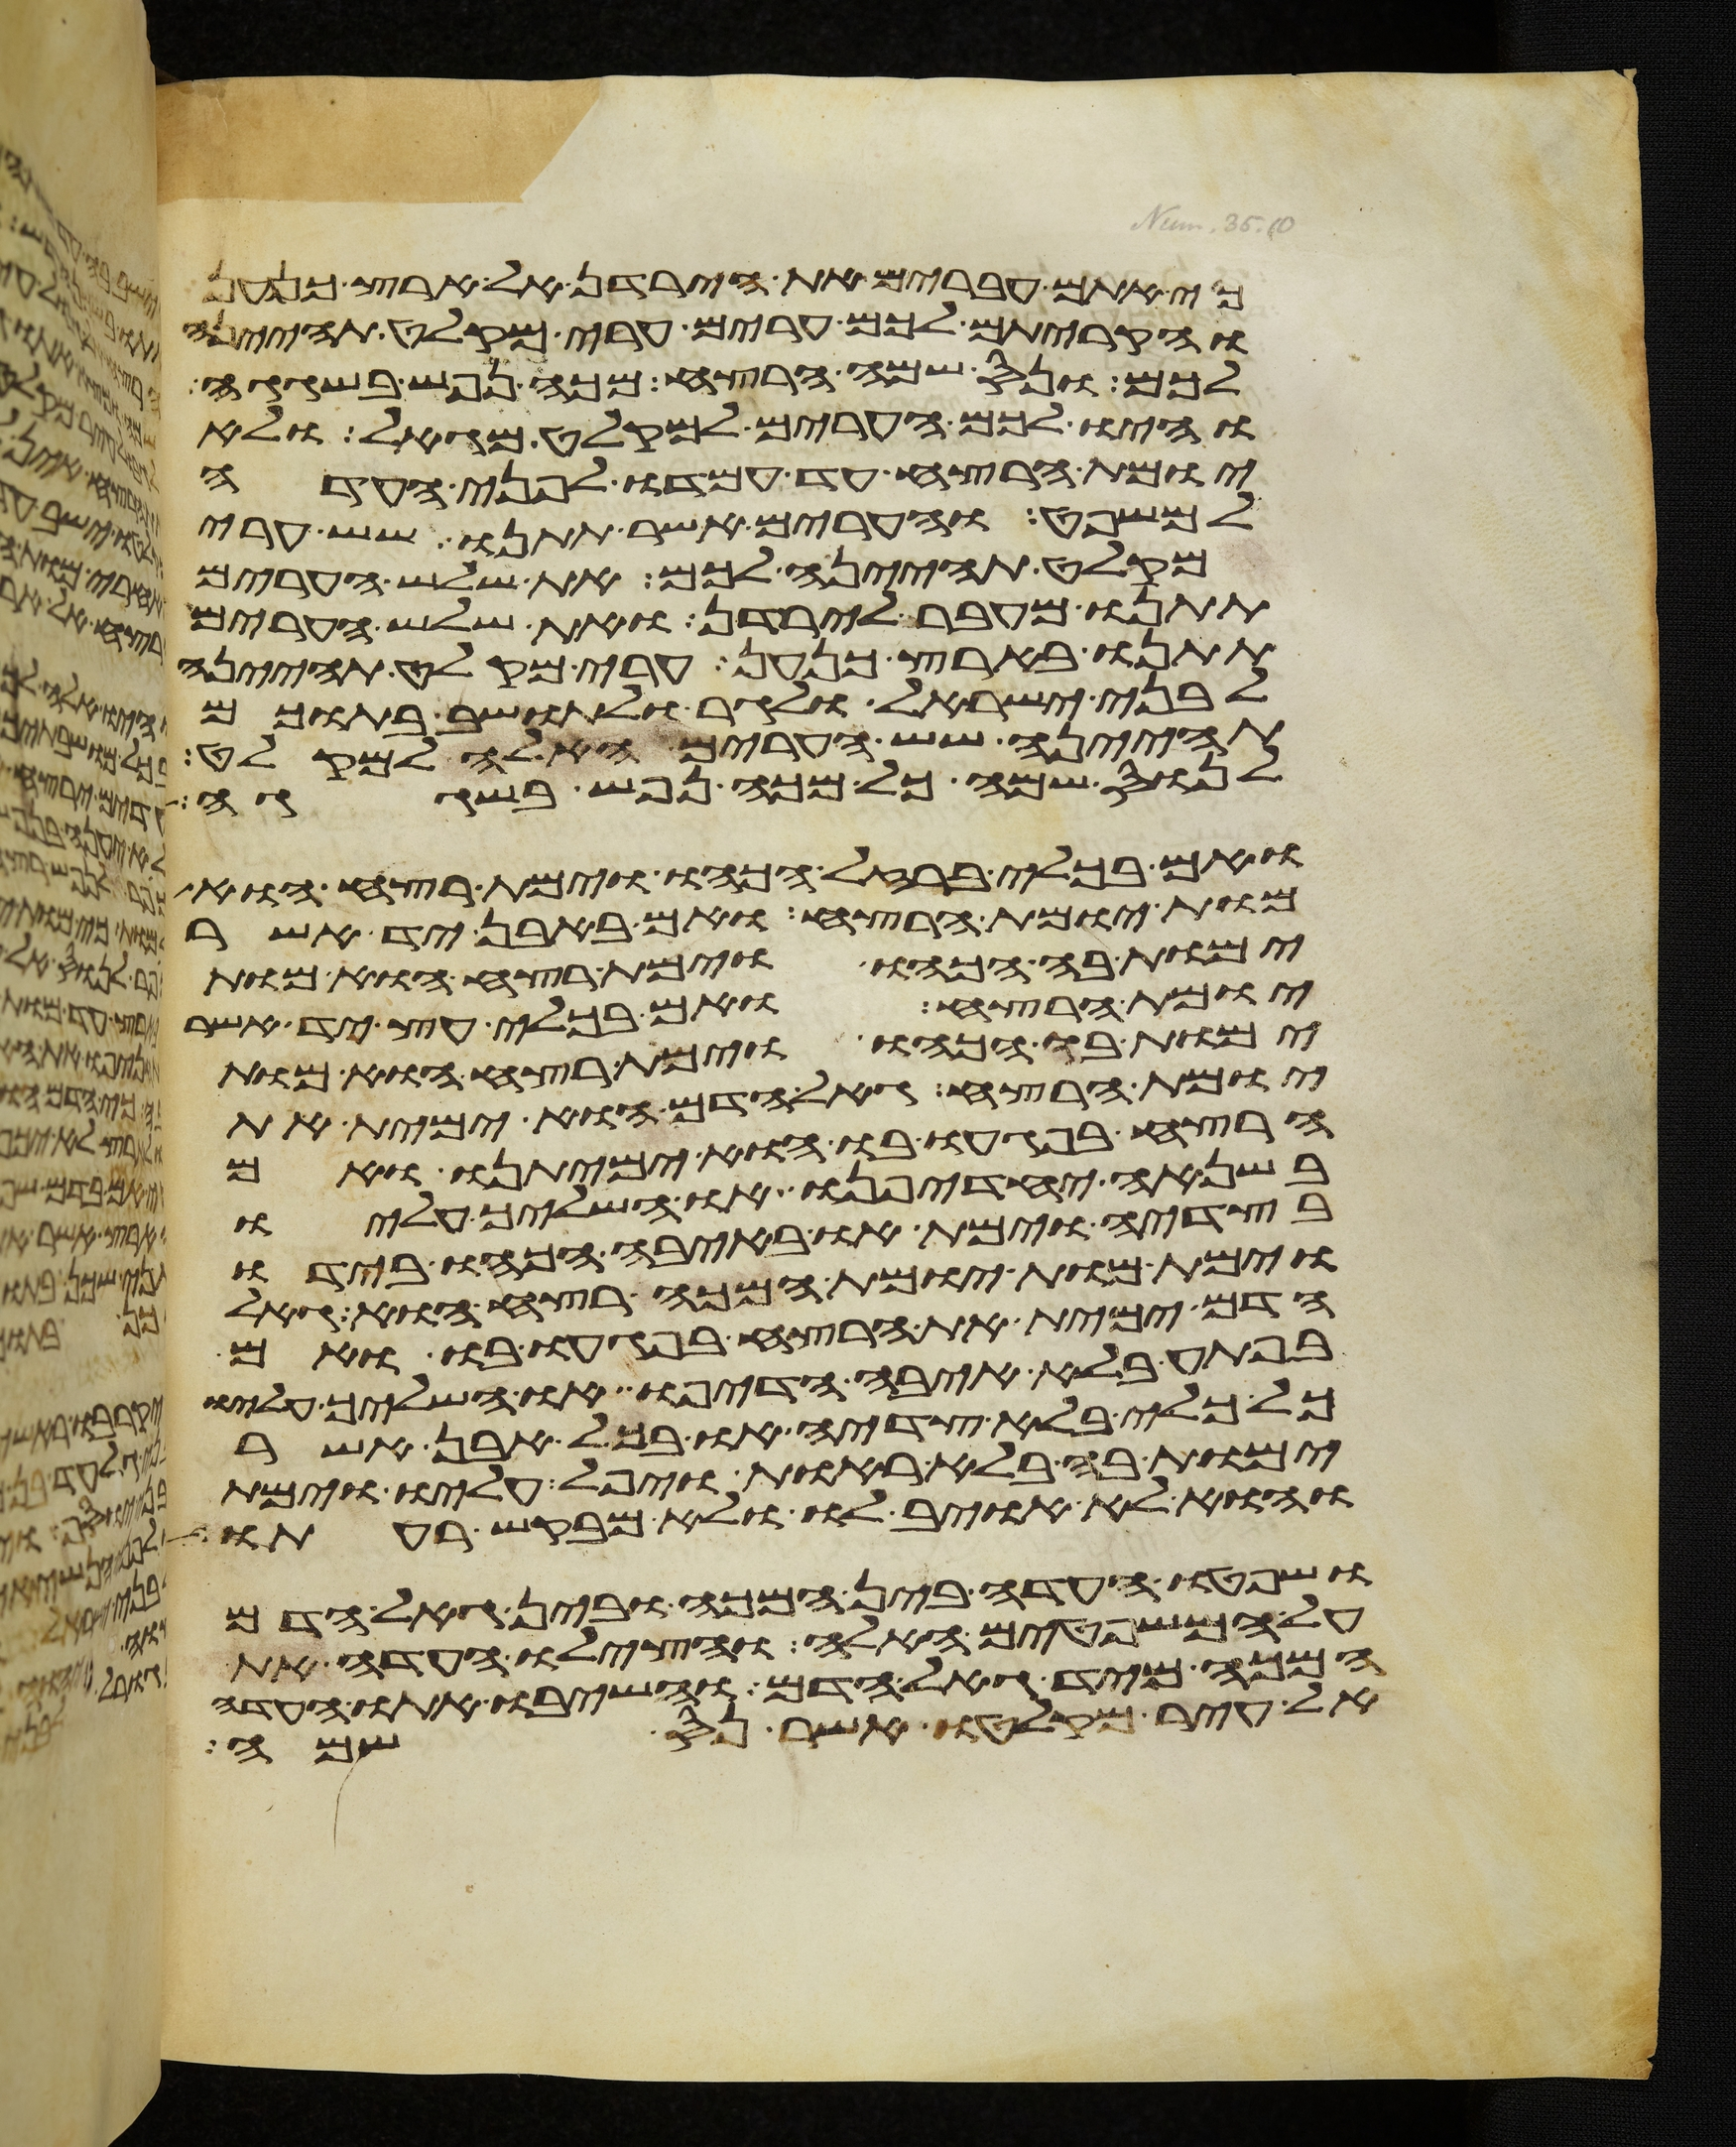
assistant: כי אתם עברים את הירדן אל ארץ כנען
והקריתם לכם ערים ערי מקלט תהיינה
לכם ונס שמה הרצח מכה נפש בשגגה
והיו לכם הערים למקלט מגאל ולא
יומת הרצח עד עמדו לפני העדה
למשפט והערים אשר תתנו שש ערי
מקלט תהינה לכם את שלש הערים
תתנו מעבר לירדן ואת שלש הערים
תתנו בארץ כנען ערי מקלט תהינה
לבני ישראל ולגר ולתושב בתוכם
תהיינה שש הערים האלה למקלט
לנוס שמה כל מכה נפש בשגגה
ואם בכלי ברזל הכהו וימת רצח הוא
מות יומת הרצח ואם באבן יד אשר
ימות בה הכהו וימת רצח הוא מות
יומת הרצח ואם בכלי עץ יד אשר
ימות בו הכהו וימת רצח הוא מות
יומת הרצח גאל הדם הוא ימית את
הרצח בפגעו בו הוא ימיתנו ואם
בשנאה יחדיפנו או השליך עליו
בצדיה וימת או באיבה הכהו בידו
וימת מות יומת המכה רצח הוא גאל
הדם ימית את הרצח בפגעו בו ואם
בפתע בלא איבה הדיפו או השליך עליו
כל כלי בלא צדיה או בכל אבן אשר
ימות בה בלא ראות ויפל עליו וימת
והוא לא אויב לו ולא מבקש רעתו
ושפטו העדה בין המכה ובין גאל הדם
על המשפטים האלה והצילו העדה את
המכה מיד גאל הדם והשיבו אתו העדה
אל עיר מקלטו אשר נס שמה